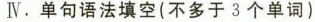
Ⅳ.单句语法填空(不多于3个单词)